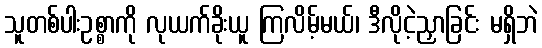
သူတစ်ပါးဥစ္စာကို လုယက်ခိုးယူ ကြလိမ့်မယ်၊ ဒီလိုငဲ့ညှာခြင်း မရှိဘဲ